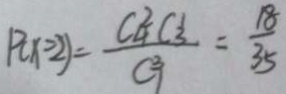
P ( x = 2 ) = \frac { C _ { 4 } ^ { 2 } C _ { 3 } ^ { 1 } } { C ^ { 3 } _ { 1 } } = \frac { 1 8 } { 3 5 }